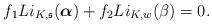
LaTeX: \begin{align*}f_1Li_{K, \mathfrak{s}}(\boldsymbol{\alpha})+f_2Li_{K, w}(\beta)=0.\end{align*}